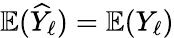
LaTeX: \mathbb{E}(\widehat{Y}_{\ell})=\mathbb{E}(Y_{\ell})